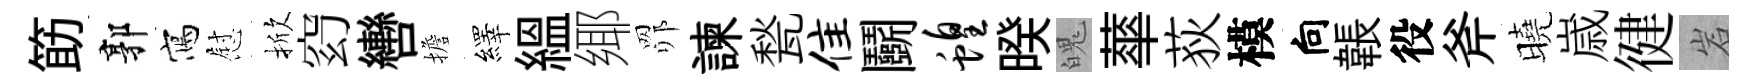
筯郭寫慰掀𥥆轡擔繹緼鄊𦊑諫甃隹鬬蝗暌魄蕐荻模向韔役斧曉𡻕徤岩